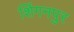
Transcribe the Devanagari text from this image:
शिंगनपुर